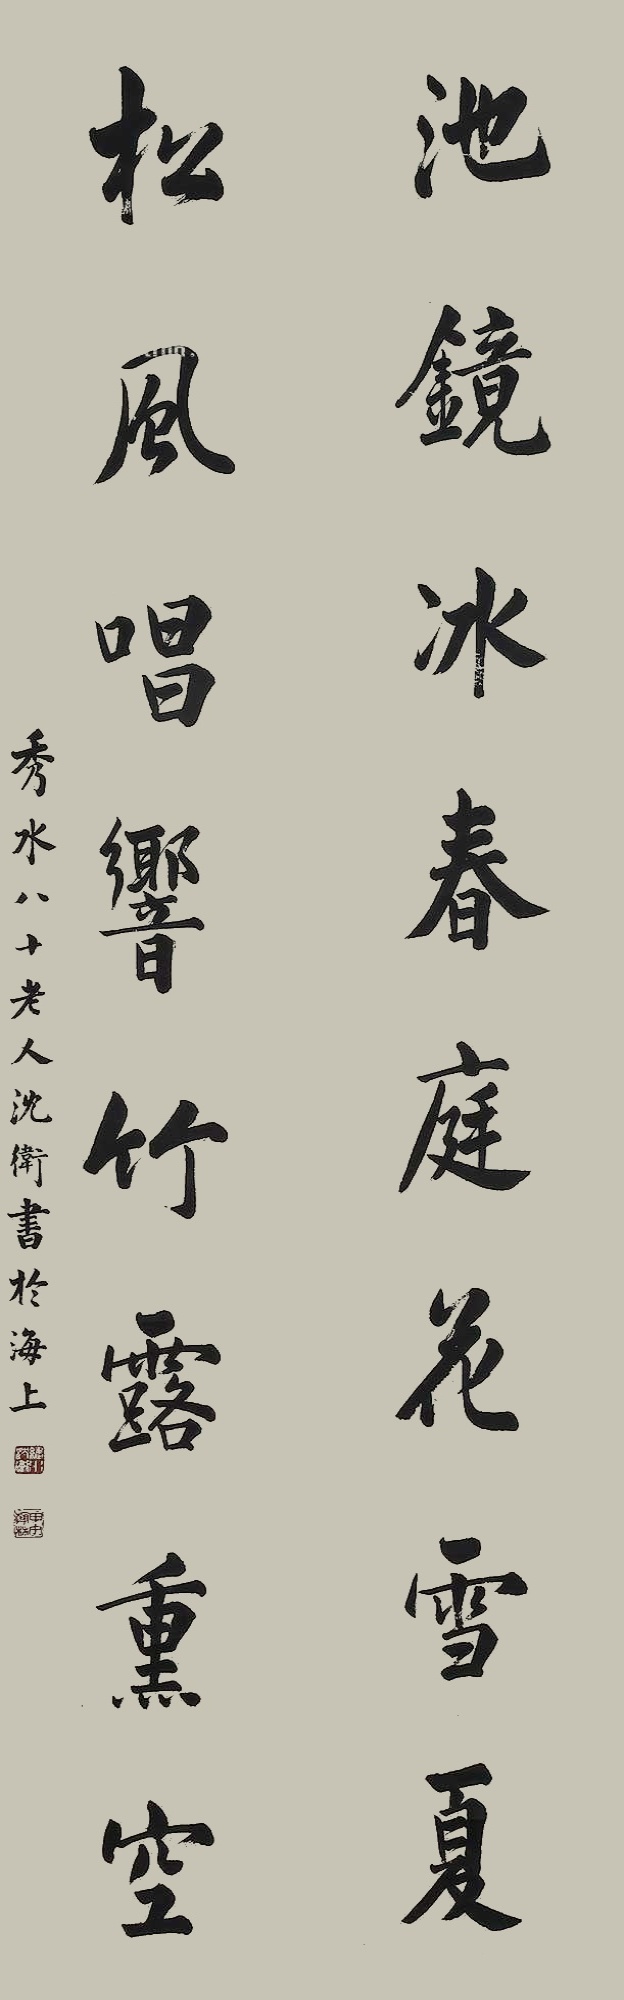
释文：池镜冰春庭花雪夏，松风唱响竹露熏空。秀水八十老人沈卫书于海上。